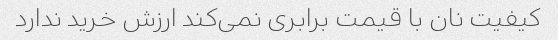
کیفیت نان با قیمت برابری نمی‌کند ارزش خرید ندارد